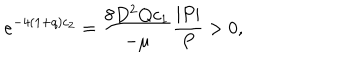
e ^ { - 4 ( 1 + q ) c _ { 2 } } = \frac { 8 D ^ { 2 } Q c _ { 1 } } { - \mu } \frac { | P | } { P } > 0 ,